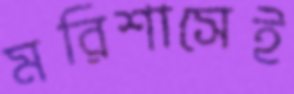
মরিশাসেই